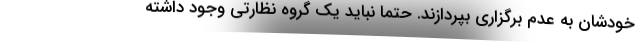
خودشان به عدم برگزاری بپردازند. حتما نباید یک گروه نظارتی وجود داشته